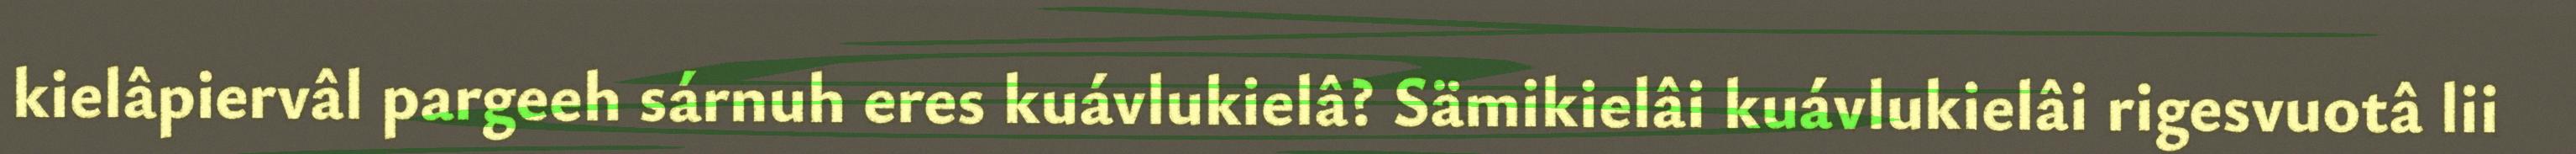
kielâpiervâl pargeeh sárnuh eres kuávlukielâ? Sämikielâi kuávlukielâi rigesvuotâ lii